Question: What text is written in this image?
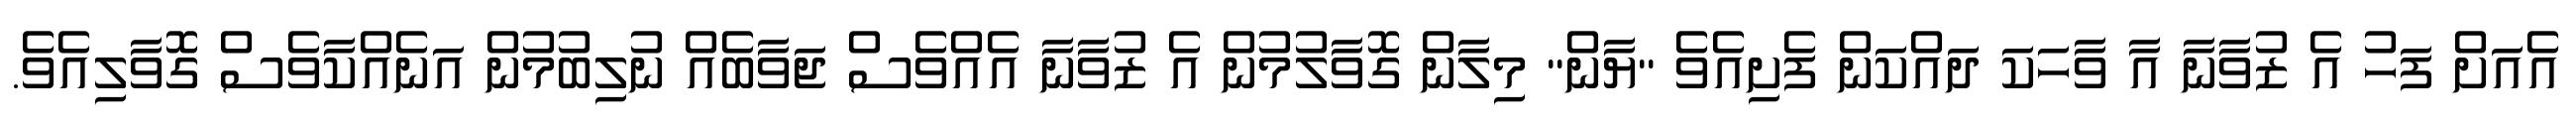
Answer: އެއަށް ފަހު އެ ޒުވާނާ އާ ވާހަކަ ދައްކަން ފެށިއެވެ "ޔާން" މިލާން ގޮވާލުމުން އެ ޒުވާނާ އެއްވެސް ޖަވާބެއް ނުލިބުމުން އަނެއްކާވެސް ގޮވާލިއެވެ.